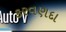
કરવણદા